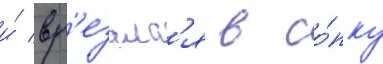
и́ вр'езалс'я в со́пку